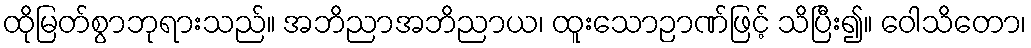
ထိုမြတ်စွာဘုရားသည်။ အဘိညာအဘိညာယ၊ ထူးသောဉာဏ်ဖြင့် သိပြီး၍။ ဝေါသိတော၊